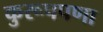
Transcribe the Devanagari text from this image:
कुरूपपणा